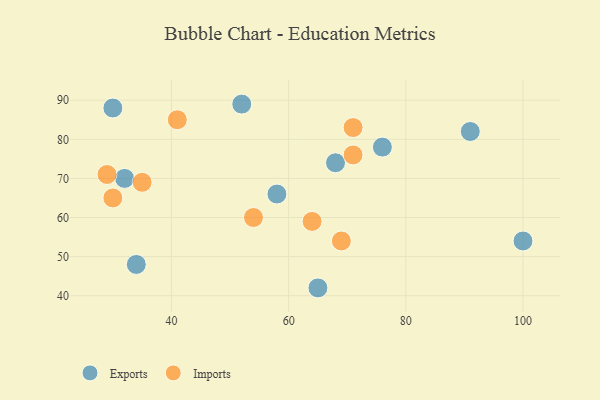
{"axis": {"x": "GDP", "y": "Life Expectancy"}, "legend": ["Exports", "Imports"], "data": [{"x": "58", "y": 66, "type": "Exports"}, {"x": "34", "y": 48, "type": "Exports"}, {"x": "32", "y": 70, "type": "Exports"}, {"x": "100", "y": 54, "type": "Exports"}, {"x": "76", "y": 78, "type": "Exports"}, {"x": "30", "y": 88, "type": "Exports"}, {"x": "52", "y": 89, "type": "Exports"}, {"x": "65", "y": 42, "type": "Exports"}, {"x": "68", "y": 74, "type": "Exports"}, {"x": "91", "y": 82, "type": "Exports"}, {"x": "35", "y": 69, "type": "Imports"}, {"x": "64", "y": 59, "type": "Imports"}, {"x": "71", "y": 76, "type": "Imports"}, {"x": "69", "y": 54, "type": "Imports"}, {"x": "41", "y": 85, "type": "Imports"}, {"x": "71", "y": 83, "type": "Imports"}, {"x": "54", "y": 60, "type": "Imports"}, {"x": "29", "y": 71, "type": "Imports"}, {"x": "30", "y": 65, "type": "Imports"}]}